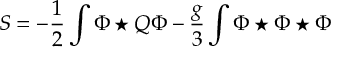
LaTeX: S = - \frac { 1 } { 2 } \int \Phi \star Q \Phi - \frac { g } { 3 } \int \Phi \star \Phi \star \Phi